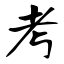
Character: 考